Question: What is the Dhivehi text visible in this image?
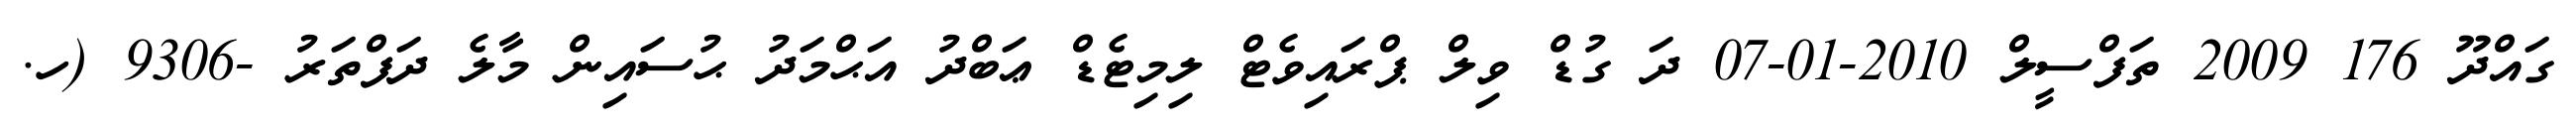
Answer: ގައްދޫ 176 2009 ތަފްސީލް 2010-01-07 ދަ ގުޑް ވިލް ޕްރައިވެޓް ލިމިޓެޑް ޢަބްދު އަޙްމަދު ޙުސައިން މާލެ ދަފްތަރު -9306 (ހ.